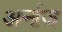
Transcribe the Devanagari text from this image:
अर्नाज